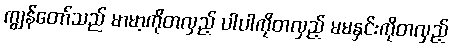
ကျွန်တော်သည် မာမာ့ကိုတလှည့် ပါပါကိုတလှည့် မမနှင်းကိုတလှည့်